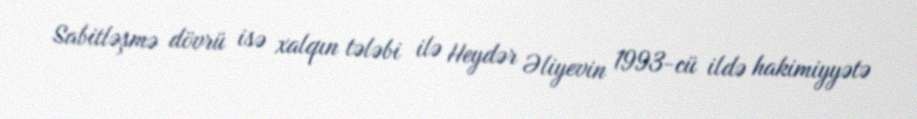
Sabitləşmə dövrü isə xalqın tələbi ilə Heydər Əliyevin 1993-cü ildə hakimiyyətə